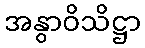
အနွာဝိသိဋ္ဌာ